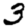
Digit: 3